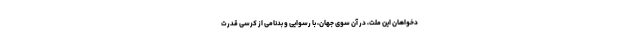
دخواهان این ملّت، در آن سوی جهان، با رسوایی و بدنامی از کرسی قدرت